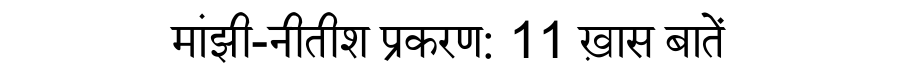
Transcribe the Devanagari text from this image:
मांझी-नीतीश प्रकरण: 11 ख़ास बातें